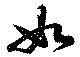
如